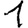
Digit: 1